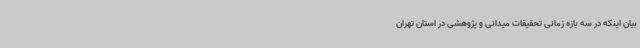
بیان اینکه در سه بازه زمانی تحقیقات میدانی و پژوهشی در استان تهران